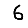
Digit: 6